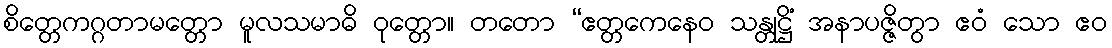
စိတ္တေကဂ္ဂတာမတ္တော မူလသမာဓိ ဝုတ္တော။ တတော “ဧတ္တကေနေဝ သန္တုဋ္ဌိံ အနာပဇ္ဇိတွာ ဧဝံ သော ဧဝ